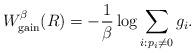
LaTeX: \begin{align*}W_{\rm gain}^\beta(R)=-\frac1\beta\log \sum_{i:p_i\neq 0}g_i.\end{align*}